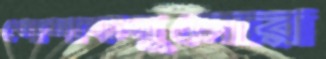
পোশাকগুলোর